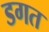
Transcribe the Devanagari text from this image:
डगत